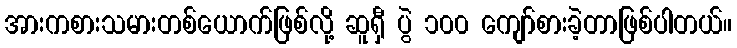
အားကစားသမားတစ်ယောက်ဖြစ်လို့ ဆူရှီ ပွဲ ၁၀၀ ကျော်စားခဲ့တာဖြစ်ပါတယ်။